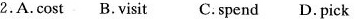
2.A.Cost B.Visit C.Spend D. Pick